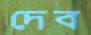
দেব